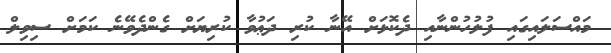
މައްސަލައިގައި ފުލުހުންނާއި ދެކޮޅަށް އޭނާ ކުރި ދަޢުވާ ކުރިޔަށް ގެންދެވޭނެ ކަމަށް ސިވިލް